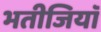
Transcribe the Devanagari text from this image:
भतीजियाॅ